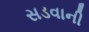
સડવાની